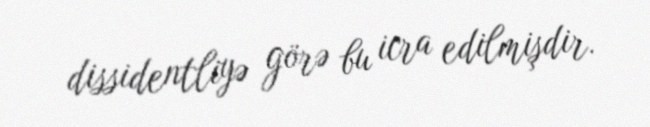
dissidentliyə görə bu icra edilmişdir.